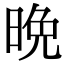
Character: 晩